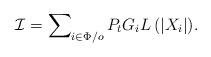
LaTeX: \begin{align*}\mathcal{I}= \sum\nolimits_{i \in \Phi/o} {{P_t}{G_i}L\left(\left|X_i\right|\right) }.\end{align*}